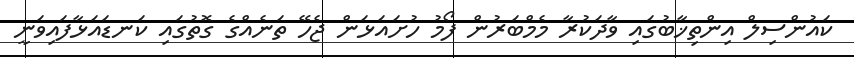
ކައުންސިލް އިންތިޚާބުގައި ވާދަކުރާ މެމްބަރުން ފޯމު ހުށައަޅަން ޖެހޭ ތަނެއްގެ ގޮތުގައި ކަނޑައަޅާފައިވަނީ